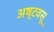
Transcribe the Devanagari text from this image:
अष्टवसू